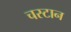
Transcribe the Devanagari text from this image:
चस्टान